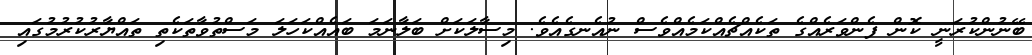
ބޭނުންކުރަނީ ކޮން ފެންވަރެއްގެ ތަކެއްޗެއްކަމެއްވެސް ނުއެނގެއެވެ. މިސާލަކަށް ބަލާނަމަ ބައެއްކަހަލަ މަސްތުވާތަކެތި ތައްޔާރުކުރުމުގައި